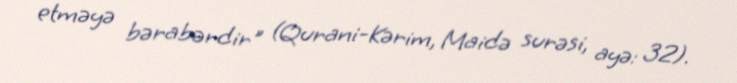
etməyə bərabərdir" (Qurani-Kərim, Maidə surəsi, ayə: 32).